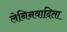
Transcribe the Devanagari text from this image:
लेनिनवादिता